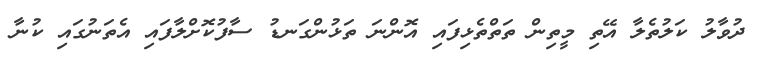
ދުވާލު ކަލުތެލާ އޭތި މީތިން ތަތްތެޅިފައި އޮންނަ ތަޅުންގަނޑު ސާފުކޮށްލާފައި އެތަނުގައި ކުނާ